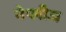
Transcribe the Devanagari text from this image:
नेप्लीज